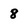
Character: 8